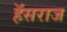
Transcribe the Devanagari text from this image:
हॅसराज